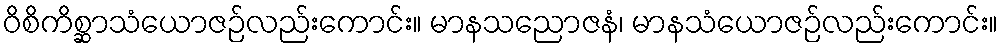
ဝိစိကိစ္ဆာသံယောဇဉ်လည်းကောင်း။ မာနသညောဇနံ၊ မာနသံယောဇဉ်လည်းကောင်း။